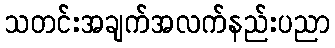
သတင်းအချက်အလက်နည်းပညာ